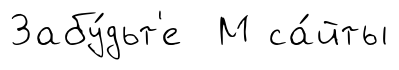
Забу́дьт'е М са́йты